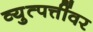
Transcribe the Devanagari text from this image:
व्युत्पत्तींवर